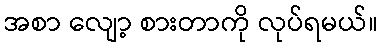
အစာ လျော့ စားတာကို လုပ်ရမယ်။